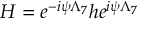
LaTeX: H = e ^ { - i \psi \Lambda _ { 7 } } h e ^ { i \psi \Lambda _ { 7 } }